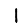
Digit: 1